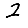
Digit: 2